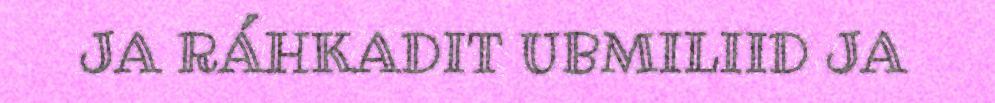
JA RÁHKADIT UBMILIID JA